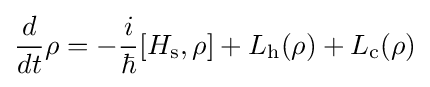
{\frac {d}{dt}}\rho =-{\frac {i}{\hbar }}[H_{\text{s}},\rho ]+L_{\text{h}}(\rho )+L_{\text{c}}(\rho )